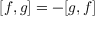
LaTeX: [ f , g ] = - [ g , f ]